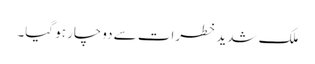
ملک شدید خطرات سے دوچار ہو گیا۔